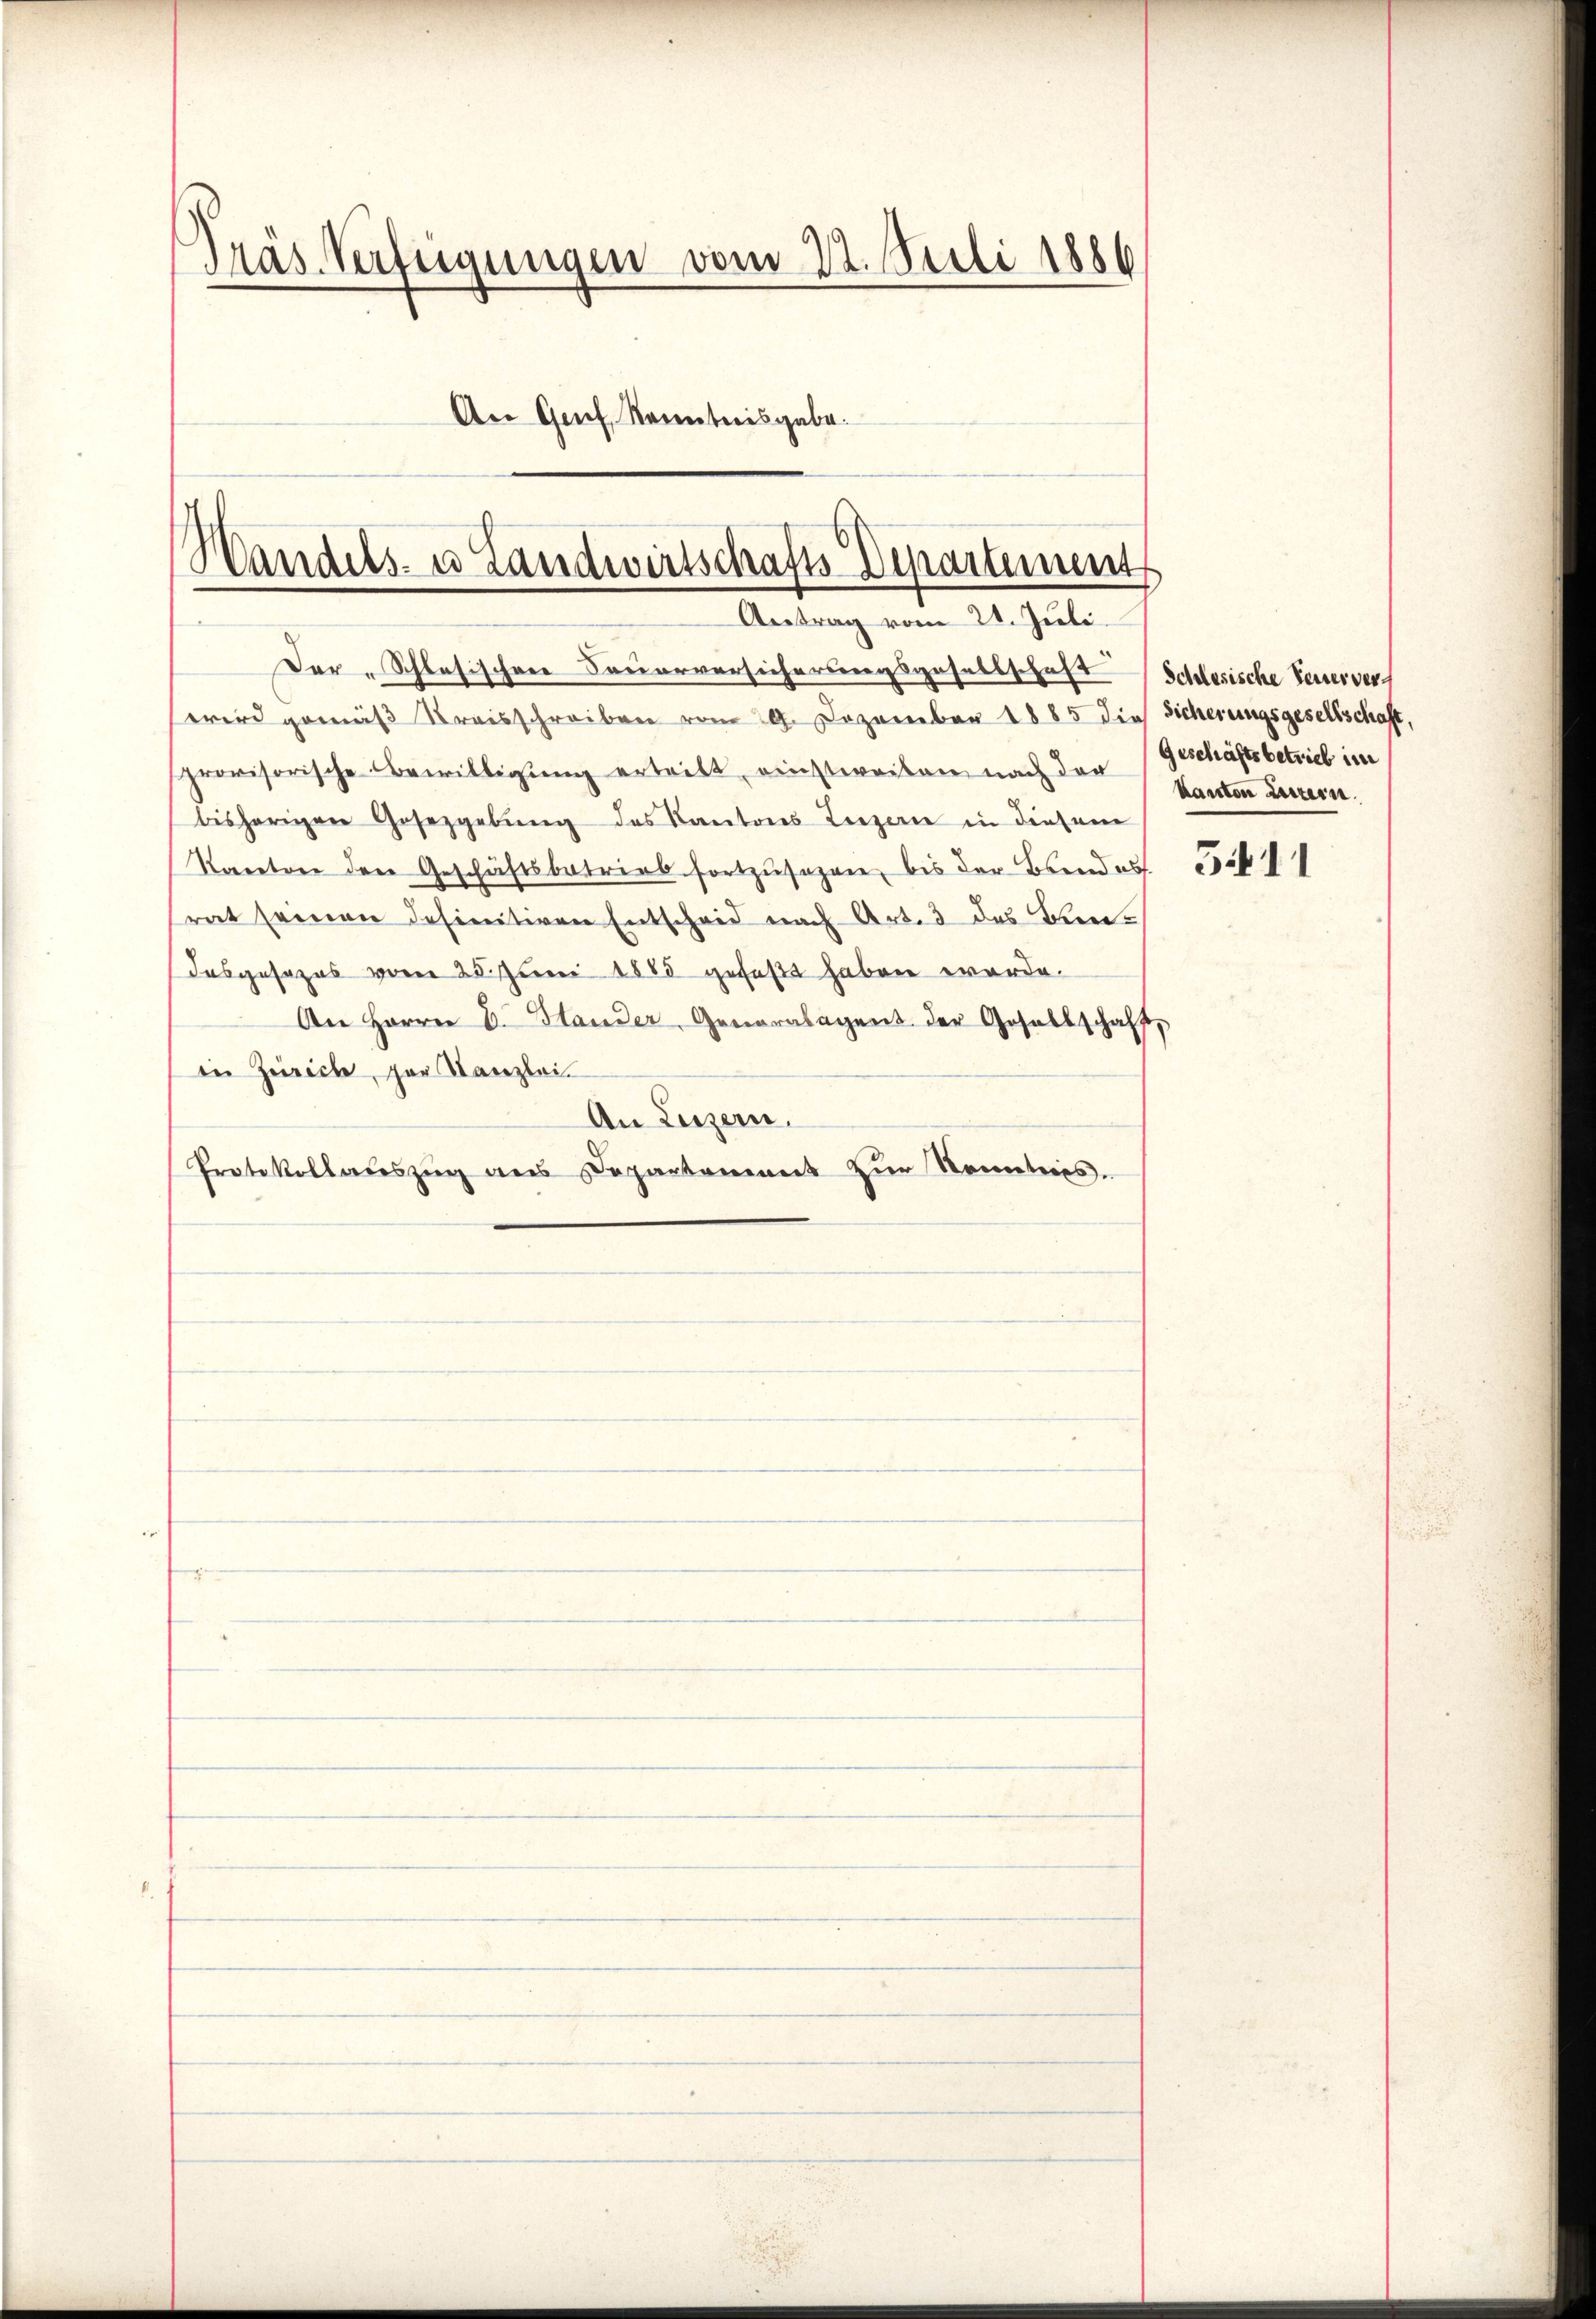
Präs. Verfügungen vom 22. Juli 1886
An Genf, Kenntnisgabe.

Wandels- u Landwirtschafts Departement
Antrag vom 21. Juli.

Der „Schlesischen Feuerversicherungsgesellschaft (Schlesische Feuervers
wird gemäβ Kreisschreiben vom 9. Dezember 1885 die Sicherungsgesellschaft,
provisorische Bewilligŭng ertritt, einstweiben nach den kanton Luzern.
bisherigen Gesetzgebung des Kantons Luzern in diesem
Kanton den Geschäftsbatrial fortzusagen, bis der Brand auf
srat seinen definitiven Entscheid nach Art. 3 des Kan¬
Jasgesezes vom 25. Juni 1885 gefaßt haben worde.
An Herrn D. Stander, Generalagent der Gesellschaft,
in Zürich, zur Kanzlei.
An Luzern.
Protokollateszug aus Departement zur Kenntnis.

(Geschäftsbetrieb im

5.11